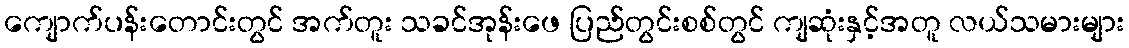
ကျောက်ပန်းတောင်းတွင် အက်တူး သခင်အုန်းဖေ ပြည်တွင်းစစ်တွင် ကျဆုံးနှင့်အတူ လယ်သမားများ